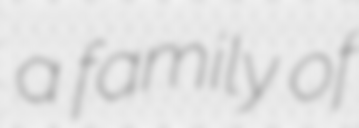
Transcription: a family of